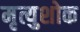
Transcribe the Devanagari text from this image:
मृत्युशोक